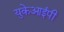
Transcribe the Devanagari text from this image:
युकेआईपी